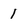
Character: 1